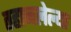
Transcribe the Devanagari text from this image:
तहानलेल्या